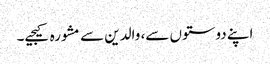
اپنے دوستوں سے، والدین سے مشورہ کیجیے۔